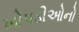
ખોપડીઓનો